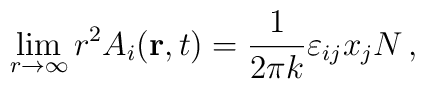
\lim_{r\to \infty}r^{2}A_{i}({\bf r},t)={\frac {1} {2\pi k}}\varepsilon_{ij}x_{j}N \, ,